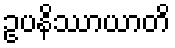
ဥပနိဿာယာတိ